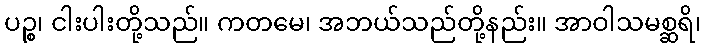
ပဉ္စ၊ ငါးပါးတို့သည်။ ကတမေ၊ အဘယ်သည်တို့နည်း။ အာဝါသမစ္ဆရိ၊